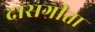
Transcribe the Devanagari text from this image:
दासगीता